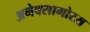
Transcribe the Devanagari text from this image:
अनेक्सागोरस